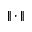
\| \cdot \|